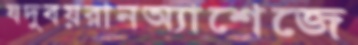
যদুবয়রানঅ্যাশেজে